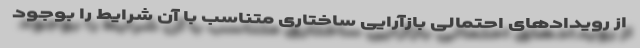
از رویدادهای احتمالی بازآرایی ساختاری متناسب با آن شرایط را بوجود